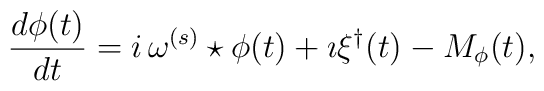
\frac{d\phi(t)}{dt}= i\,\omega ^{(s)}\star\phi(t)+\imath\xi^\dagger(t)-M_\phi(t),